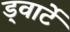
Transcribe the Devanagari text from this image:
ड्वार्टे